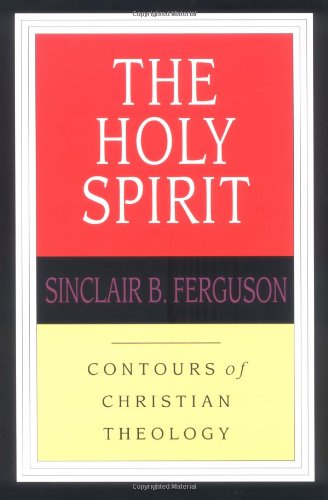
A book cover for The Holy Spirit (Contours of Christian Theology); Sinclair B. Ferguson; Christian Books & Bibles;